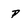
Character: p